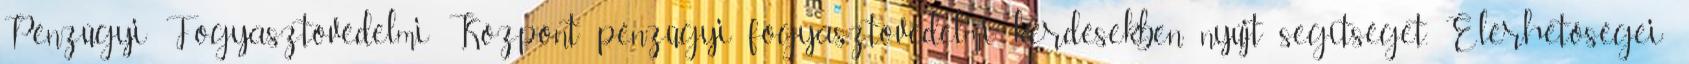
Pénzügyi Fogyasztóvédelmi Központ pénzügyi fogyasztóvédelmi kérdésekben nyújt segítséget. Elérhetőségei: